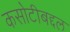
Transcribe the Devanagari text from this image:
कसोटीबद्दल